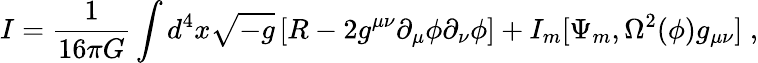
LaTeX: {I}=\frac{1}{16\pi G}\int d^{4}x\sqrt{-g}\left[R-2g^{\mu\nu}\partial_{\mu}\phi\partial_{\nu}\phi\right]+I_{m}[\Psi_{m},\Omega^{2}(\phi)g_{\mu\nu}]\; ,